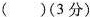
（ ）(3分)